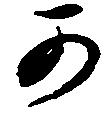
可